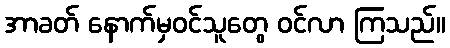
အာခတ် နောက်မှဝင်သူတွေ ဝင်လာ ကြသည်။